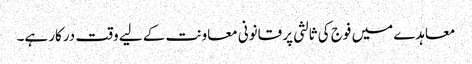
معاہدے میں فوج کی ثالثی پر قانونی معاونت کے لیے وقت درکار ہے۔